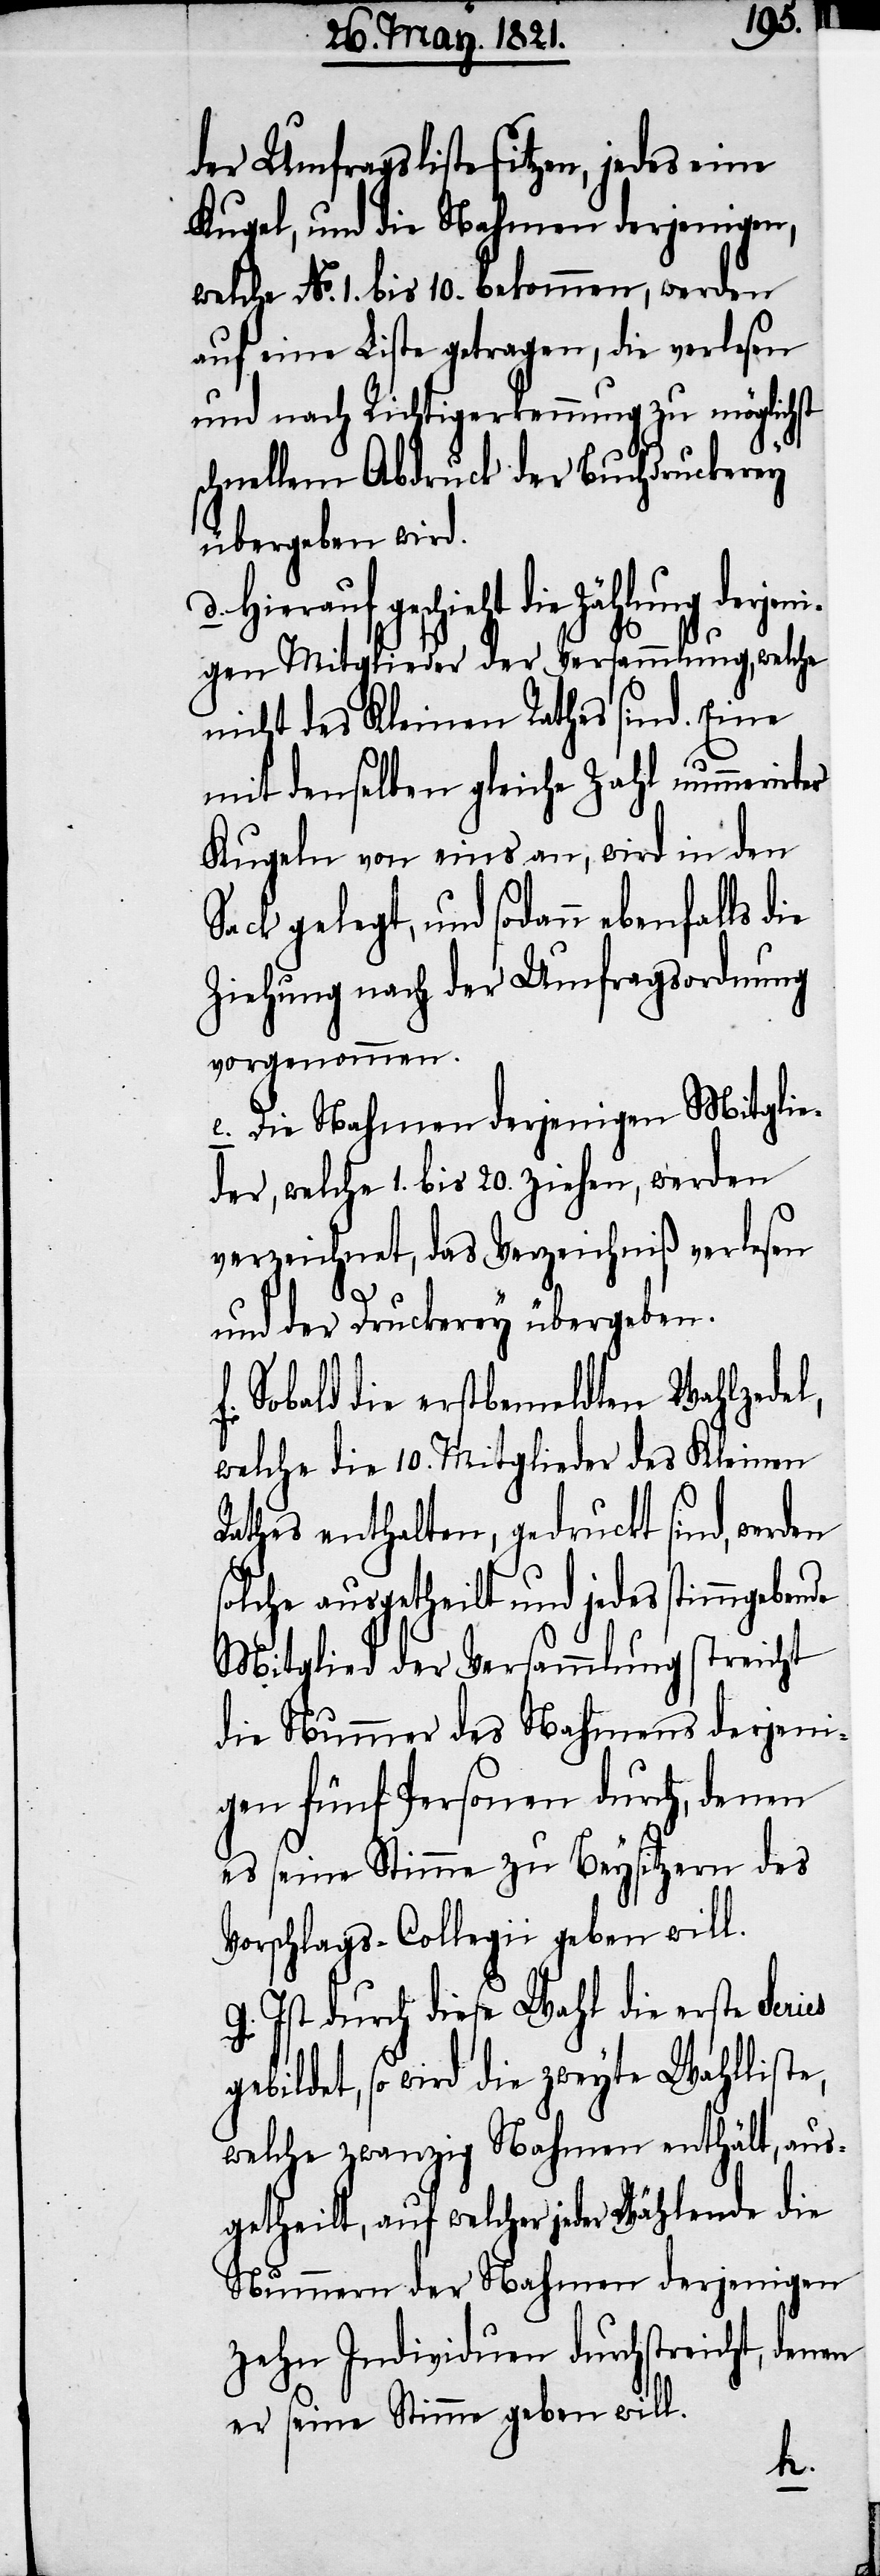
der Umfragsliste sitzen, jedes eine
Kugel, und die Nahmen derjenigen,
welche No. 1. bis 10. bekommen, werden
auf eine Liste getragen, die verlesen
und nach Richtigerkennung zu möglichst
schnellem Abdruck der Buchdruckerey
übergeben wird.
sodann ebenfalls die
gen Mitglieder der Versammlung, welche
nicht des Kleinen Rathes sind. Eine
mit denselben gleiche Zahl nummerirter
Kugeln von eins an, wird in den
Ziehung nach der Umfragsordnung
vorgenommen.
e. Die Nahmen derjenigen Mitglie¬
der, welche 1. bis 20. ziehen, werden
verzeichnet, das Verzeichniß verlesen
und der Druckerey übergeben.
f. Sobald die erstbemeldten Wahlzedel,
welche die 10. Mitglieder des Kleinen
Rathes enthalten, gedruckt sind, werden
solche ausgetheilt und jedes stimmgebende
Mitglied der Versammlung streicht
die Nummer des Nahmens derjeni¬
gen fünf Personen durch, denen
es seine Stimme zu Beysitzern des
Vorschlags-Collegii geben will.
g. Ist durch diese Wahl die erste Series
gebildet, so wird die zweyte Wahlliste,
welche zwanzig Nahmen enthält, aus¬
getheilt, auf welcher jeder Wählende die
Nummern der Nahmen derjenigen
zehn Individuen durchstreicht, denen
er seine Stimme geben will.
d.